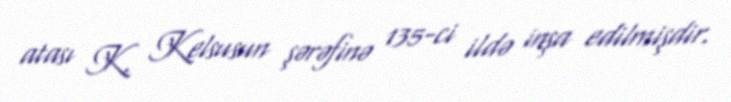
atası K. Kelsusun şərəfinə 135-ci ildə inşa edilmişdir.